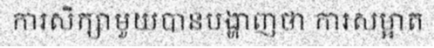
ការសិក្សាមួយបានបង្ហាញថា ការសម្អាត